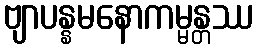
ဗျာပန္နမနောကမ္မန္တဿ